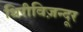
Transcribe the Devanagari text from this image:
थिरीविज़न्दूर